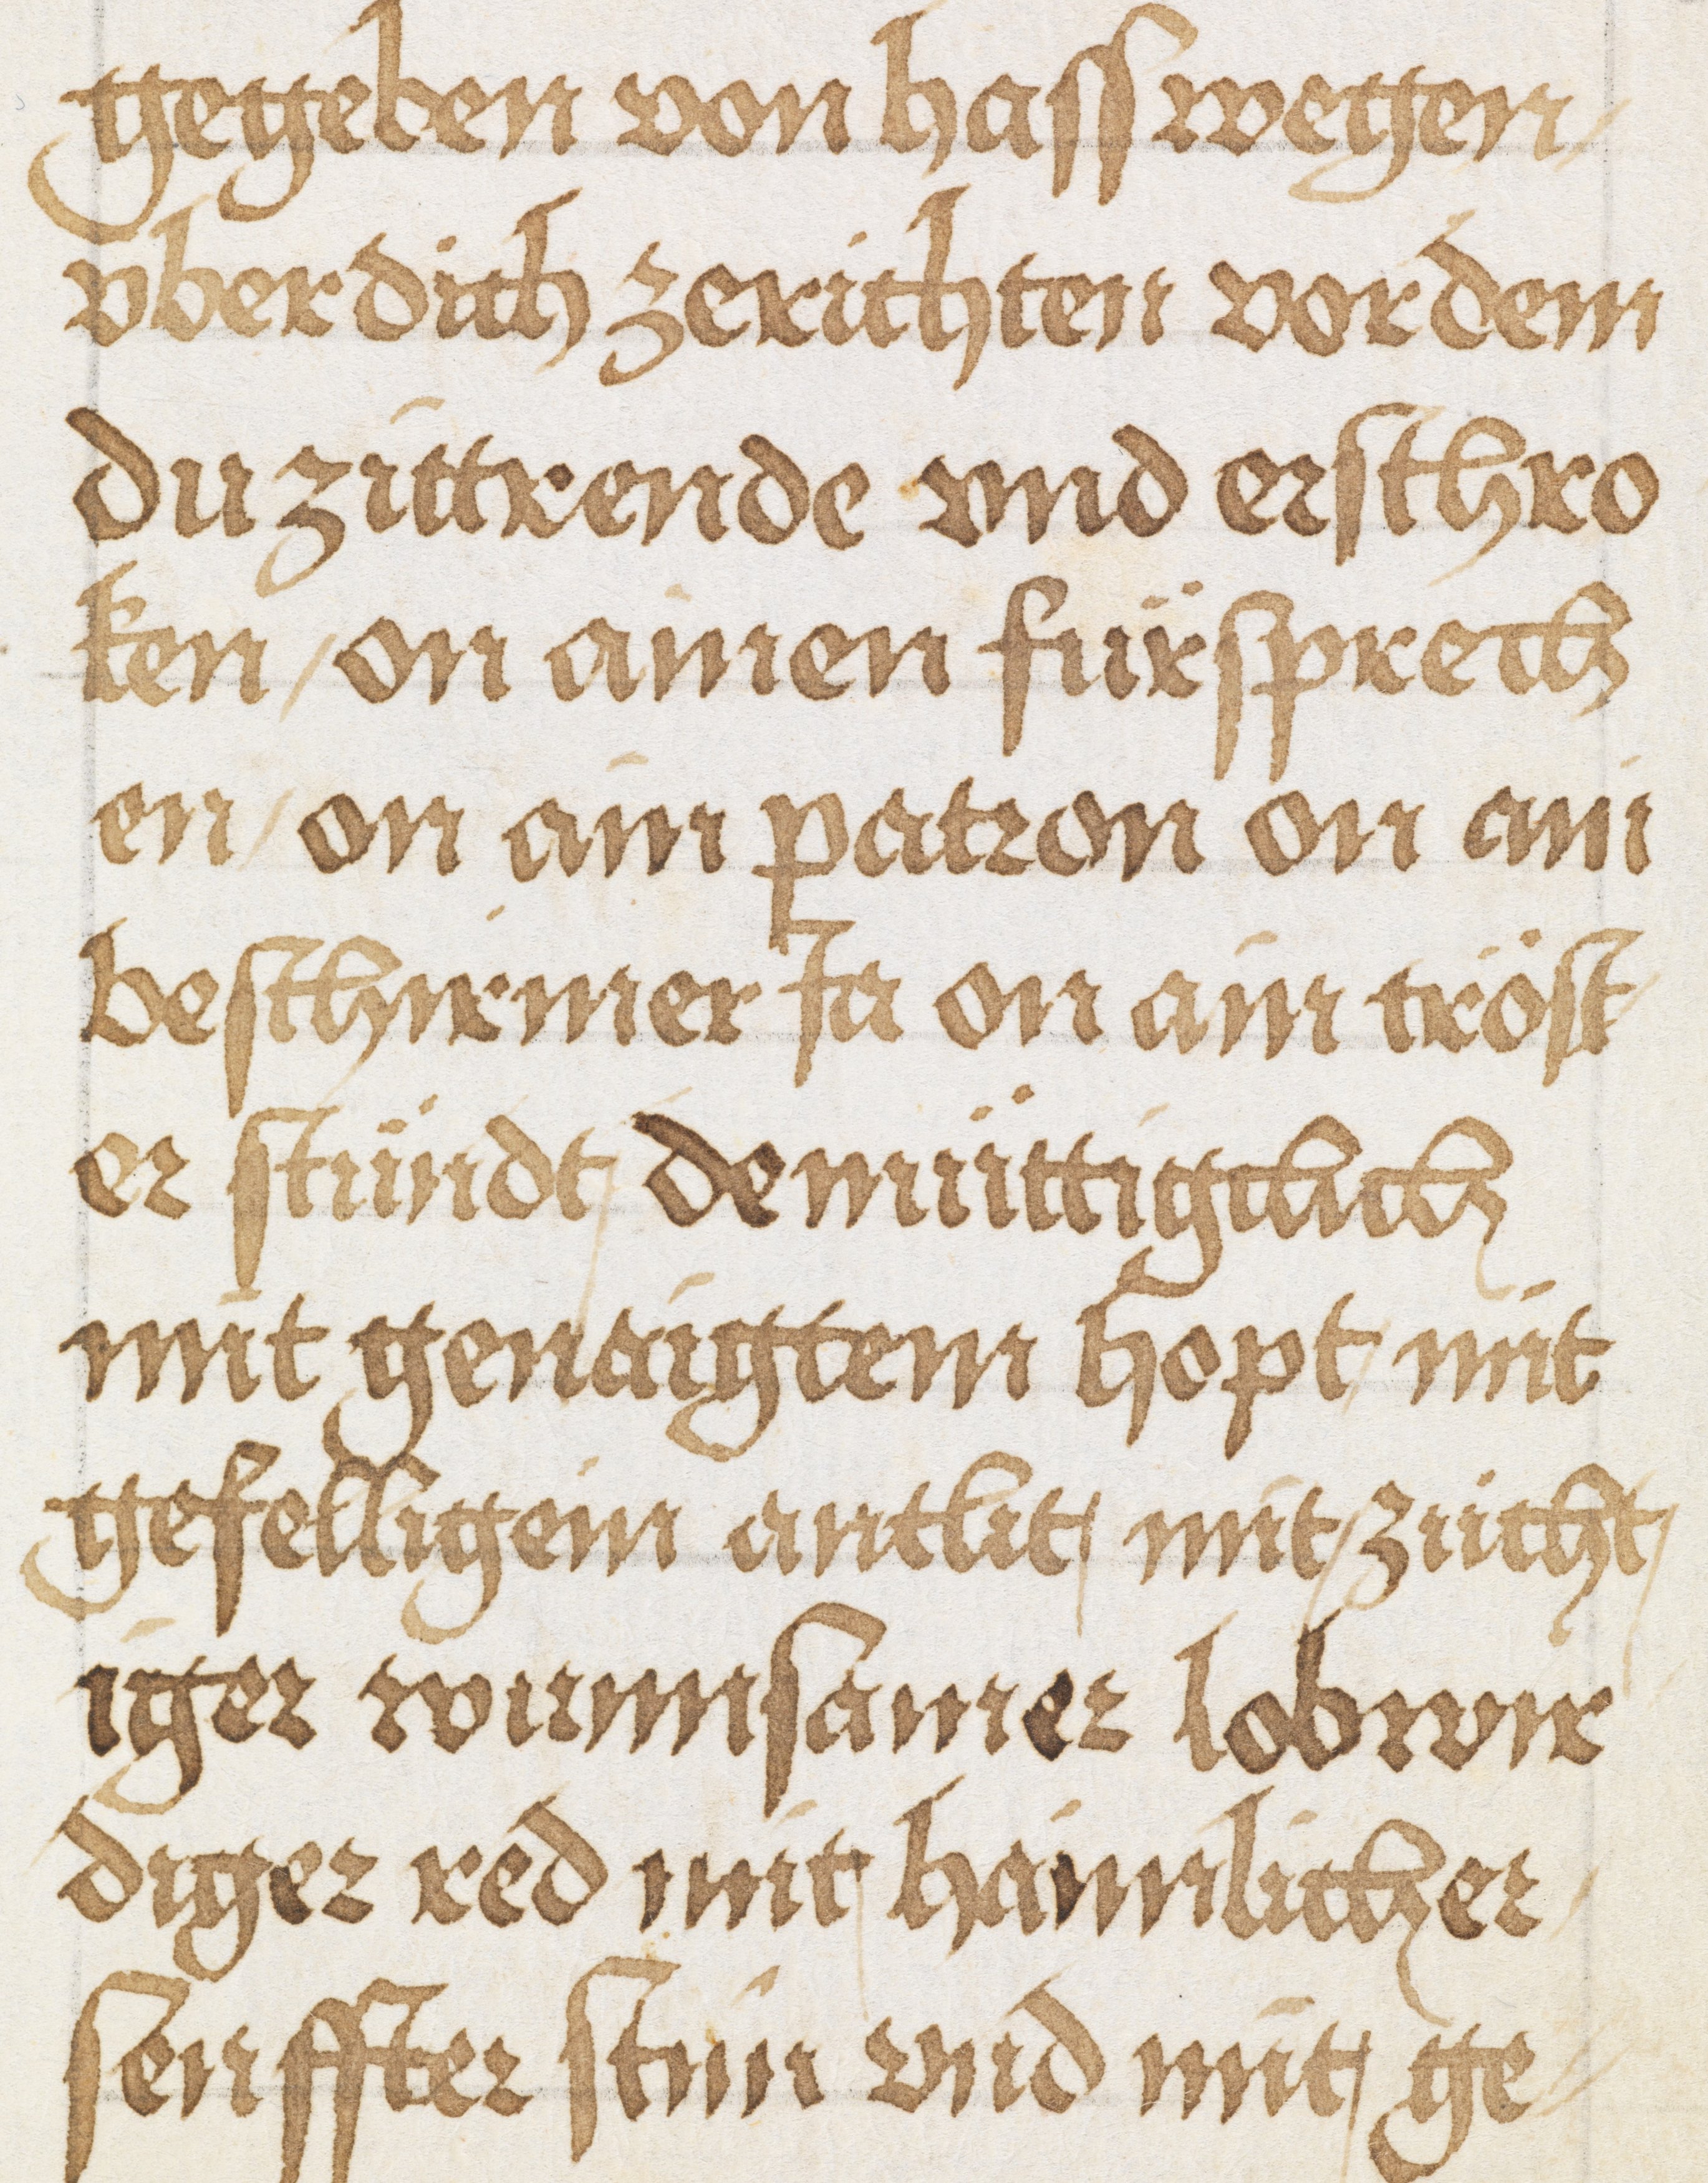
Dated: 1500–1524